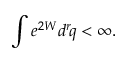
\int e ^ { 2 W } d ^ { r } \! q < \infty .